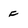
Character: f